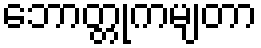
ဘောတ္တုကမျတာ